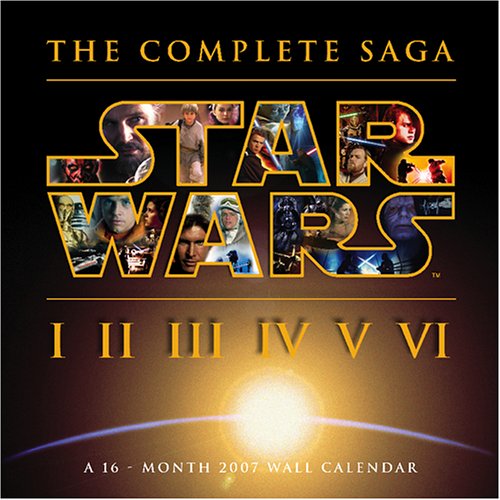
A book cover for Star Wars - The Complete Saga 2007 Wall Calendar; Calendars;